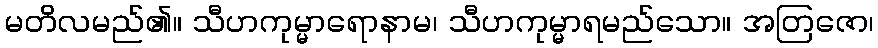
မတိလမည်၏။ သီဟကုမ္မာရောနာမ၊ သီဟကုမ္မာရမည်သော။ အတြဇော၊